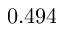
0 . 4 9 4